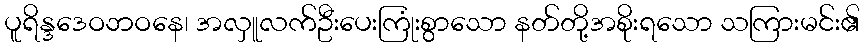
ပူရိန္ဒဒေဝဘဝနေ၊ အလှူလက်ဦးပေးကြုံးစွာသော နတ်တို့အစိုးရသော သကြားမင်း၏